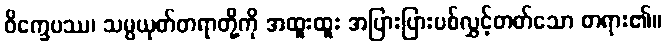
ဝိက္ခေပဿ၊ သမ္ပယုတ်တရာတို့ကို အထူးထူး အပြားပြားပစ်လွှင့်တတ်သော တရား၏။